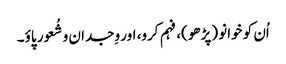
اُن کو خوانو (پڑھو)، فہم کرو، اور وِجدان و شُعور پاؤ۔